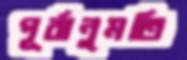
পূর্বানুমতি